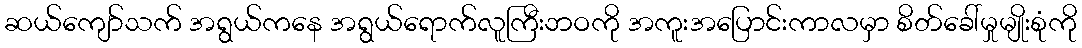
ဆယ်ကျော်သက် အရွယ်ကနေ အရွယ်ရောက်လူကြီးဘဝကို အကူးအပြောင်းကာလမှာ စိတ်ခေါ်မှုမျိုးစုံကို